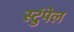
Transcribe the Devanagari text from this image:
स्टुंपेल